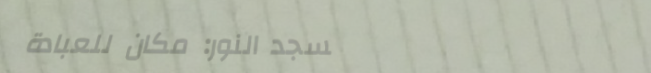
مسجد النور: مكان للعبادة